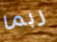
ربما